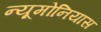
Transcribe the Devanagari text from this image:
न्यूमोनियास